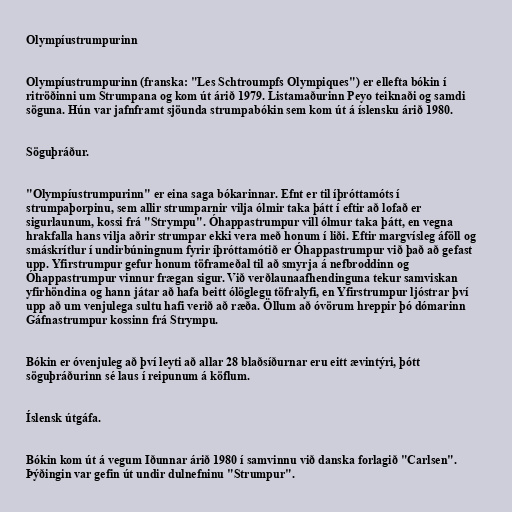
Olympíustrumpurinn

Olympíustrumpurinn (franska: "Les Schtroumpfs Olympiques") er ellefta bókin í
ritröðinni um Strumpana og kom út árið 1979. Listamaðurinn Peyo teiknaði og samdi
söguna. Hún var jafnframt sjöunda strumpabókin sem kom út á íslensku árið 1980.

Söguþráður.

"Olympíustrumpurinn" er eina saga bókarinnar. Efnt er til íþróttamóts í
strumpaþorpinu, sem allir strumparnir vilja ólmir taka þátt í eftir að lofað er
sigurlaunum, kossi frá "Strympu". Óhappastrumpur vill ólmur taka þátt, en vegna
hrakfalla hans vilja aðrir strumpar ekki vera með honum í liði. Eftir margvísleg áföll og
smáskrítlur í undirbúningnum fyrir íþróttamótið er Óhappastrumpur við það að gefast
upp. Yfirstrumpur gefur honum töframeðal til að smyrja á nefbroddinn og
Óhappastrumpur vinnur frægan sigur. Við verðlaunaafhendinguna tekur samviskan
yfirhöndina og hann játar að hafa beitt ólöglegu töfralyfi, en Yfirstrumpur ljóstrar því
upp að um venjulega sultu hafi verið að ræða. Öllum að óvörum hreppir þó dómarinn
Gáfnastrumpur kossinn frá Strympu.

Bókin er óvenjuleg að því leyti að allar 28 blaðsíðurnar eru eitt ævintýri, þótt
söguþráðurinn sé laus í reipunum á köflum.

Íslensk útgáfa.

Bókin kom út á vegum Iðunnar árið 1980 í samvinnu við danska forlagið "Carlsen".
Þýðingin var gefin út undir dulnefninu "Strumpur".